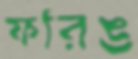
ফরিঙ